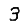
Digit: 3